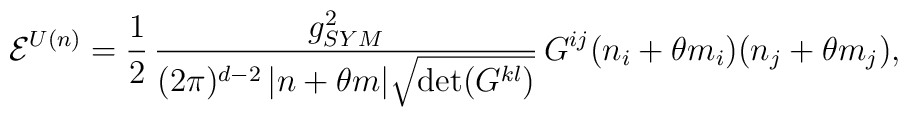
{\cal E}^{U(n)} =\frac{1}{2}\,\frac{g^{2}_{SYM}}{(2\pi)^{d-2}  \, |n + \theta m|\sqrt{\det(G^{kl})} }\,G^{ij} (n_i+\theta m_i)(n_j +\theta m_j),